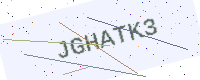
Text: JGHATK3